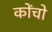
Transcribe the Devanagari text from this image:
कोंचो